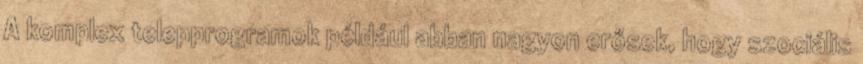
A komplex telepprogramok például abban nagyon erősek, hogy szociális